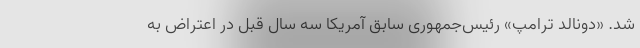
شد. «دونالد ترامپ» رئیس‌جمهوری سابق‌ آمریکا سه سال قبل در اعتراض به